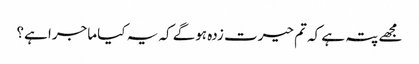
مجھے پتہ ہے کہ تم حیرت زدہ ہوگے کہ یہ کیا ماجرا ہے؟